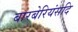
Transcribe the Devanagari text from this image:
बारबेरियंसदि